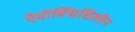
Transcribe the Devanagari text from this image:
ऍमॉक्सिसिलीन